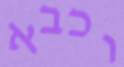
וכבא